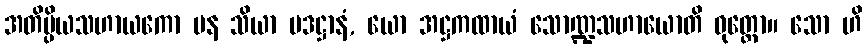
အတိပ္ပိယသဟာယကော ပန သိယာ ပဒဋ္ဌာနံ, ယော အဋ္ဌကထာယံ သောဏ္ဍသဟာယောတိ ဝုတ္တော။ သော ဟိ